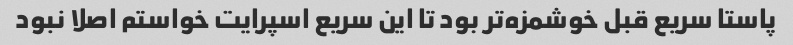
پاستا سریع قبل خوشمزه‌تر بود تا این سریع اسپرایت خواستم اصلا نبود